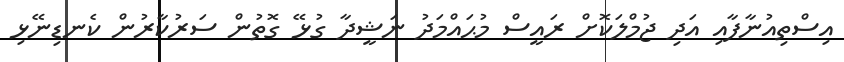
އިސްތިއުނާފާއި އަދި ޖުމްލަކޮށް ރައީސް މުޙައްމަދު ނަޝީދާ ގުޅޭ ގޮތުން ސަރުކާރުން ކެނޑިނޭޅި